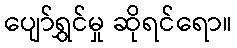
ပျော်ရွှင်မှု ဆိုရင်ရော။